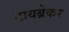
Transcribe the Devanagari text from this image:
टायब्रेकर